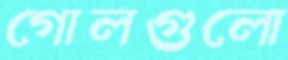
গোলগুলো